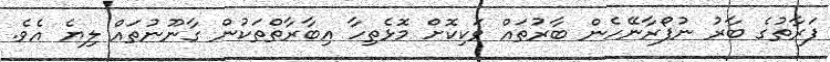
ފަރާތުގެ ބާރު ނުފޯރާނޭހެން ބާރުތައް ވަކިކޮށް މޮޅެތިހާ އިބާރާތްތަކުން ގާނޫނުތައް ލިޔެ އެވެ.